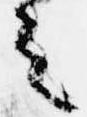
之